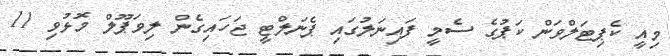
މިއީ ކެޕިޓަލްވަން ކަޕުގެ ސެމީ ފައިނަލުގައި ޕެނަލްޓީ ޖަހައިގެން ލިވަޕޫލް މޮޅުވި 11